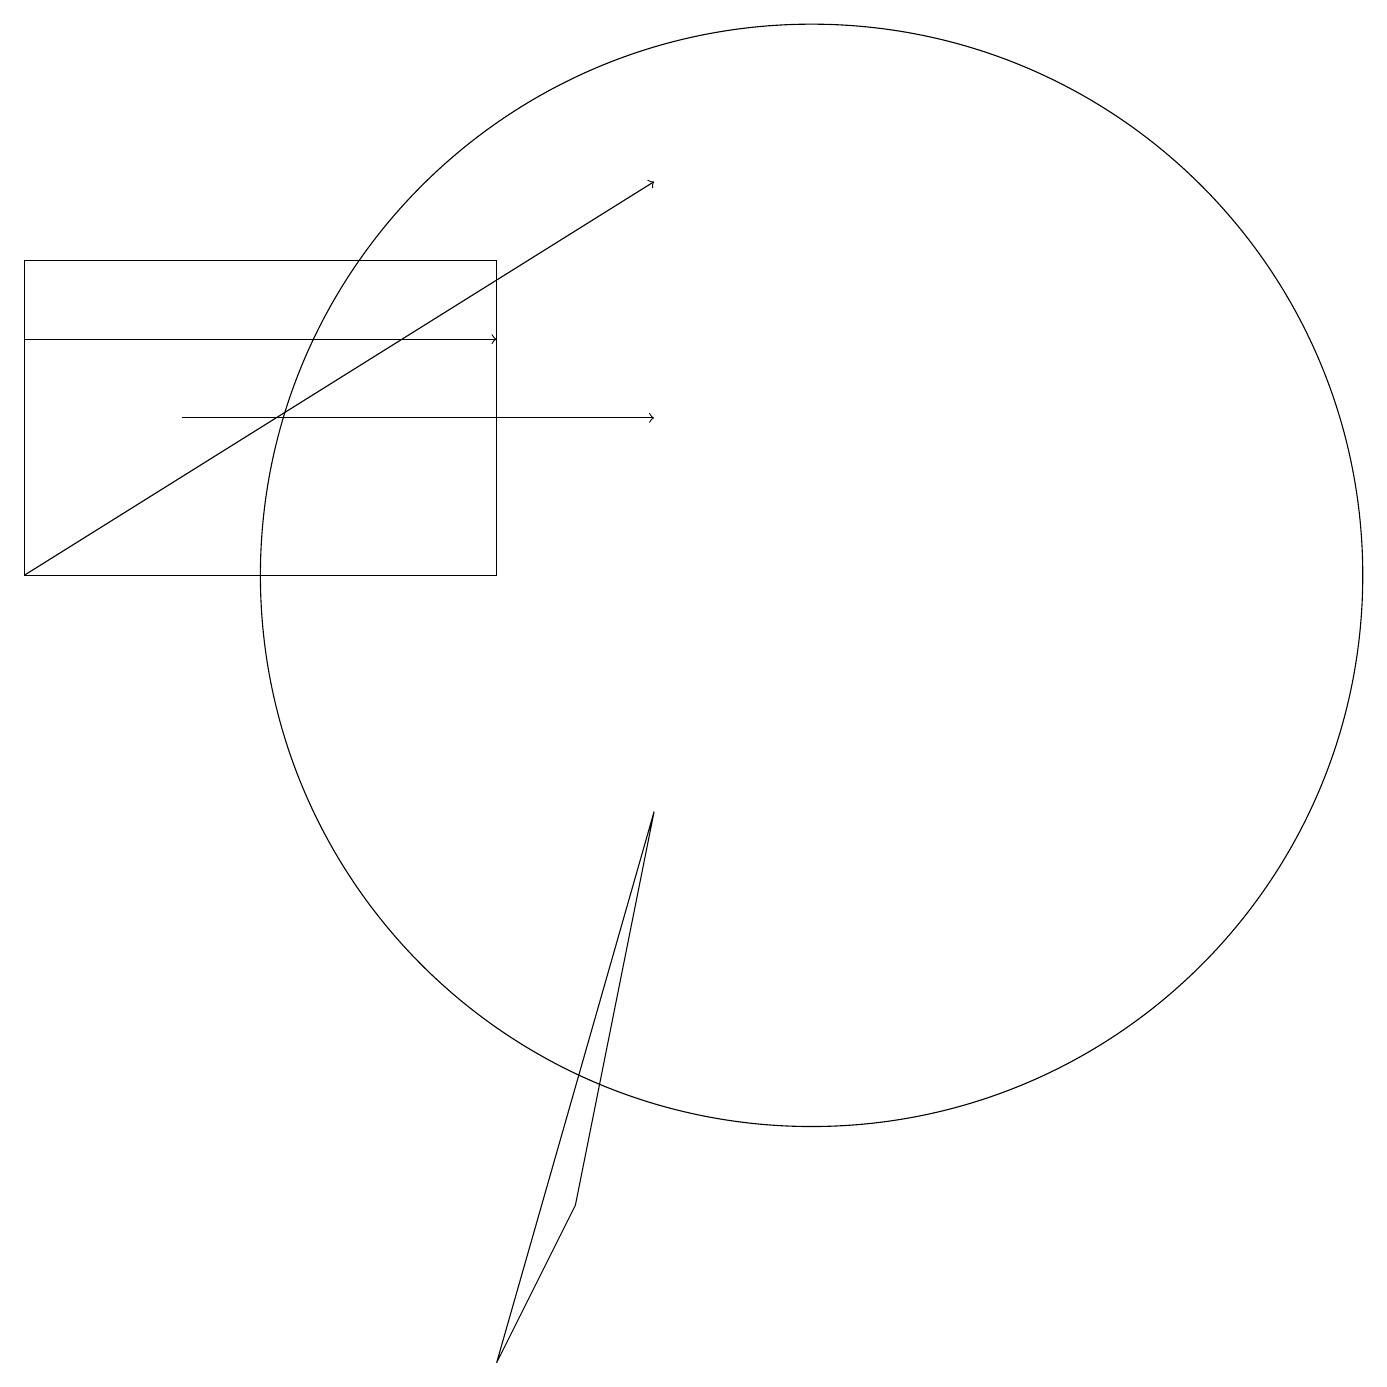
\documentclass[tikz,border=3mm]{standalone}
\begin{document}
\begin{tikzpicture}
\draw[->] (0,13) -- (6,13);
\draw[->] (0,10) -- (8,15);
\draw (10,10) circle (7);
\draw[->] (2,12) -- (8,12);
\draw (6,0) -- (7,2) -- (8,7) -- cycle;
\draw (0,10) rectangle (6,14);
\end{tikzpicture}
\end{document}